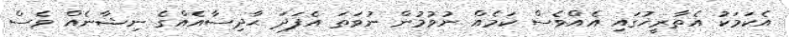
އެކަމަކު އެތާރީޚުގައި އެއްވެސް ކަމެއް ނުވުމުން ނުވަތަ އެފަދަ ޙާދިސާއެއްގެ ނިޝާނެއް ވެސް